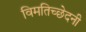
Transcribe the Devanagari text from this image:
विमतिच्छेदनी